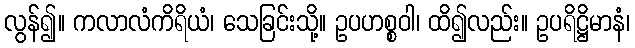
လွန်၍။ ကလာလံကိရိယံ၊ သေခြင်းသို့။ ဥပဟစ္စဝါ၊ ထိ၍လည်း။ ဥပရိဋ္ဌိမာနံ၊